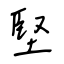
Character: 堅